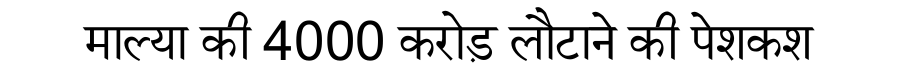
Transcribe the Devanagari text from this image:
माल्या की 4000 करोड़ लौटाने की पेशकश